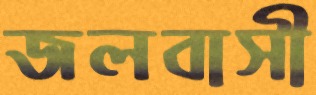
জলবাসী